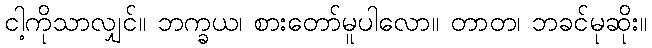
ငါ့ကိုသာလျှင်။ ဘက္ခယ၊ စားတော်မူပါလော။ တာတ၊ ဘခင်မုဆိုး။